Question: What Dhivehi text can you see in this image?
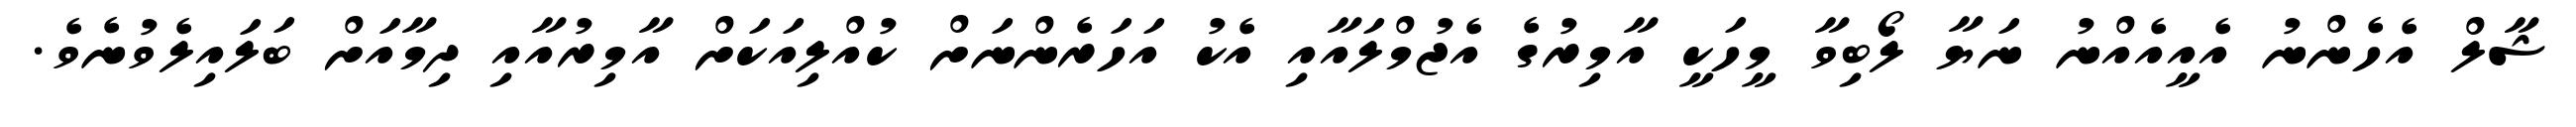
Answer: ޝާލް އެހެންނު އެއީއެއްނު ނަޔާ ލޯބިވާ މީހަކީ އާމިރުގެ އެޖުމްލައާއި އެކު އަހަރެންނަށް ކުއްލިއަކަށް އާމިރުއާއި ދިމާއަށް ބަލައިލެވުނެވެ.